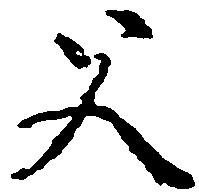
父